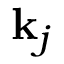
\mathbf { k } _ { j }